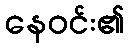
နေဝင်း၏